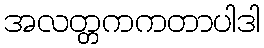
အလတ္တကကတာပါဒါ